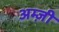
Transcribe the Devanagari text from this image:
अम्ज़ी